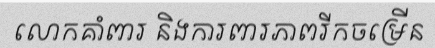
លោកគាំពារ និងការពារភាពរីកចម្រើន